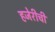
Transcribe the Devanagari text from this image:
हजेरीची